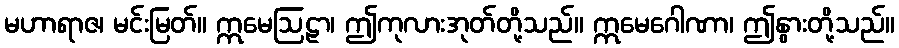
မဟာရာဇ၊ မင်းမြတ်။ ဣမေဩဠာ၊ ဤကုလားအုတ်တို့သည်။ ဣမေဂေါဏာ၊ ဤနွားတို့သည်။